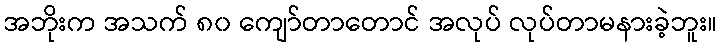
အဘိုးက အသက် ၈၀ ကျော်တာတောင် အလုပ် လုပ်တာမနားခဲ့ဘူး။